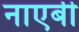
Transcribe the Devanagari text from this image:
नाएबी